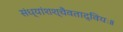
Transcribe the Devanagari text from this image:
संध्यांशश्चैवताद्वियः॥